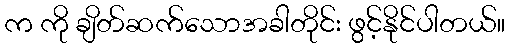
က ကို ချိတ်ဆက်သောအခါတိုင်း ဖွင့်နိုင်ပါတယ်။